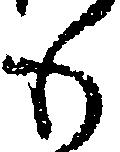
も